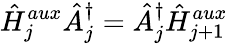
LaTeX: \hat{H}_{j}^{aux}\hat{A}_{j}^{\dagger}=\hat{A}_{j}^{\dagger}\hat{H}_{j+1}^{aux}